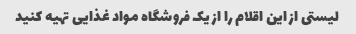
لیستی از این اقلام را از یک فروشگاه مواد غذایی تهیه کنید